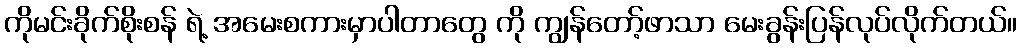
ကိုမင်းခိုက်စိုးစန် ရဲ့ အမေးစကားမှာပါတာတွေ ကို ကျွန်တော့်ဖာသာ မေးခွန်းပြန်လုပ်လိုက်တယ်။